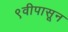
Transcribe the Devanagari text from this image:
९वीपासून